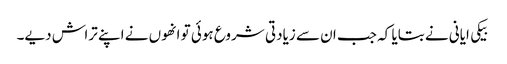
بیکی ایانی نے بتایا کہ جب ان سے زیادتی شروع ہوئی تو انھوں نے اپنے تراش دیے۔